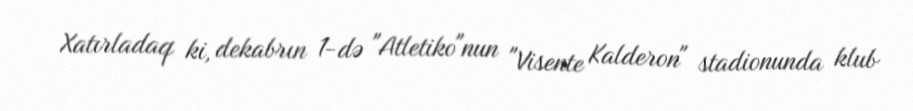
Xatırladaq ki, dekabrın 1-də "Atletiko"nun "Visente Kalderon" stadionunda klub